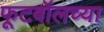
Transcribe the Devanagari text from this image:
फूटबॉलच्या